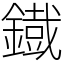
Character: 鐡